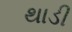
થાડી